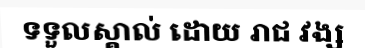
ទទួលស្គាល់ ដោយ រាជ វង្ស